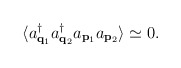
\begin{align*}\langle a^\dagger_{{\bf q}_1} a_{{\bf q}_2}^\dagger a_{{\bf p}_1} a_{{\bf p}_2} \rangle \simeq 0 . \end{align*}